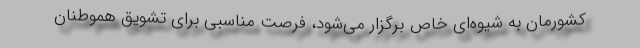
کشورمان به شیوه‌ای خاص برگزار می‌شود، فرصت مناسبی برای تشویق هموطنان